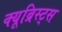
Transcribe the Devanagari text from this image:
क्यूब्रिस्ट्स